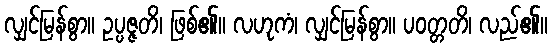
လျှင်မြန်စွာ။ ဥပ္ပဇ္ဇတိ၊ ဖြစ်၏။ လဟုကံ၊ လျှင်မြန်စွာ။ ပဝတ္တတိ၊ လည်၏။